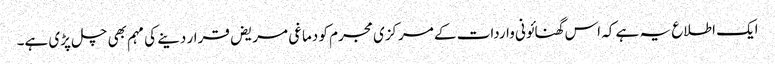
ایک اطلاع یہ ہے کہ اس گھنائونی واردات کے مرکزی مجرم کو دماغی مریض قرار دینے کی مہم بھی چل پڑی ہے۔